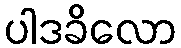
ပါဒခိလော